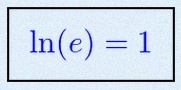
\ln(e)=1